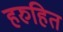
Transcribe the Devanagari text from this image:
हरुहित